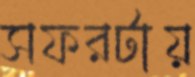
সফরটায়